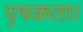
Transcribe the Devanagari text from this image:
पृथकता।